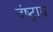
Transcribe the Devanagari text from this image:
दंष्ट्राग्र